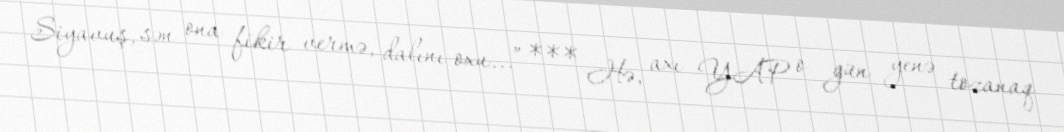
Siyavuş, sən ona fikir vermə, dalını oxu...” *** Hə, axı YAP o gün yenə tozanaq